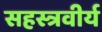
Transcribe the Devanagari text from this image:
सहस्त्रवीर्य